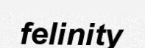
felinity